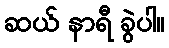
ဆယ် နာရီ ခွဲပါ။